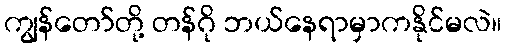
ကျွန်တော်တို့ တန်ဂို ဘယ်နေရာမှာကနိုင်မလဲ။